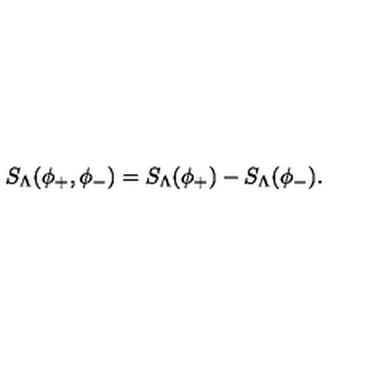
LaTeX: S _ { \Lambda } ( \phi _ { + } , \phi _ { - } ) = S _ { \Lambda } ( \phi _ { + } ) - S _ { \Lambda } ( \phi _ { - } ) .